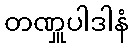
တဏှူပါဒါနံ